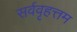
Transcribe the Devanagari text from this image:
सर्ववृहत्तम